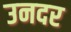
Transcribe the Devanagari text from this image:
उनदर